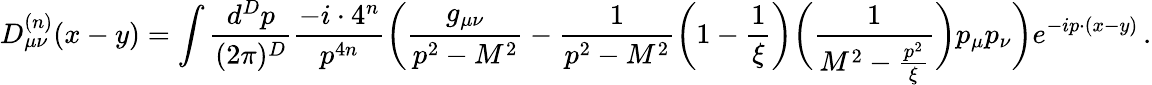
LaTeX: D_{\mu\nu}^{(n)}(x-y)=\int\frac{d^{D}p}{(2\pi)^{D}}\frac{-i\cdot 4^{n}}{p^{4n}}\bigg(\frac{g_{\mu\nu}}{p^{2}-M^{2}}-\frac{1}{p^{2}-M^{2}}\bigg(1-\frac{1}{\xi}\bigg)\bigg(\frac{1}{M^{2}-\frac{p^{2}}{\xi}}\bigg)p_{\mu}p_{\nu}\bigg)e^{-ip\cdot(x-y)}\, .